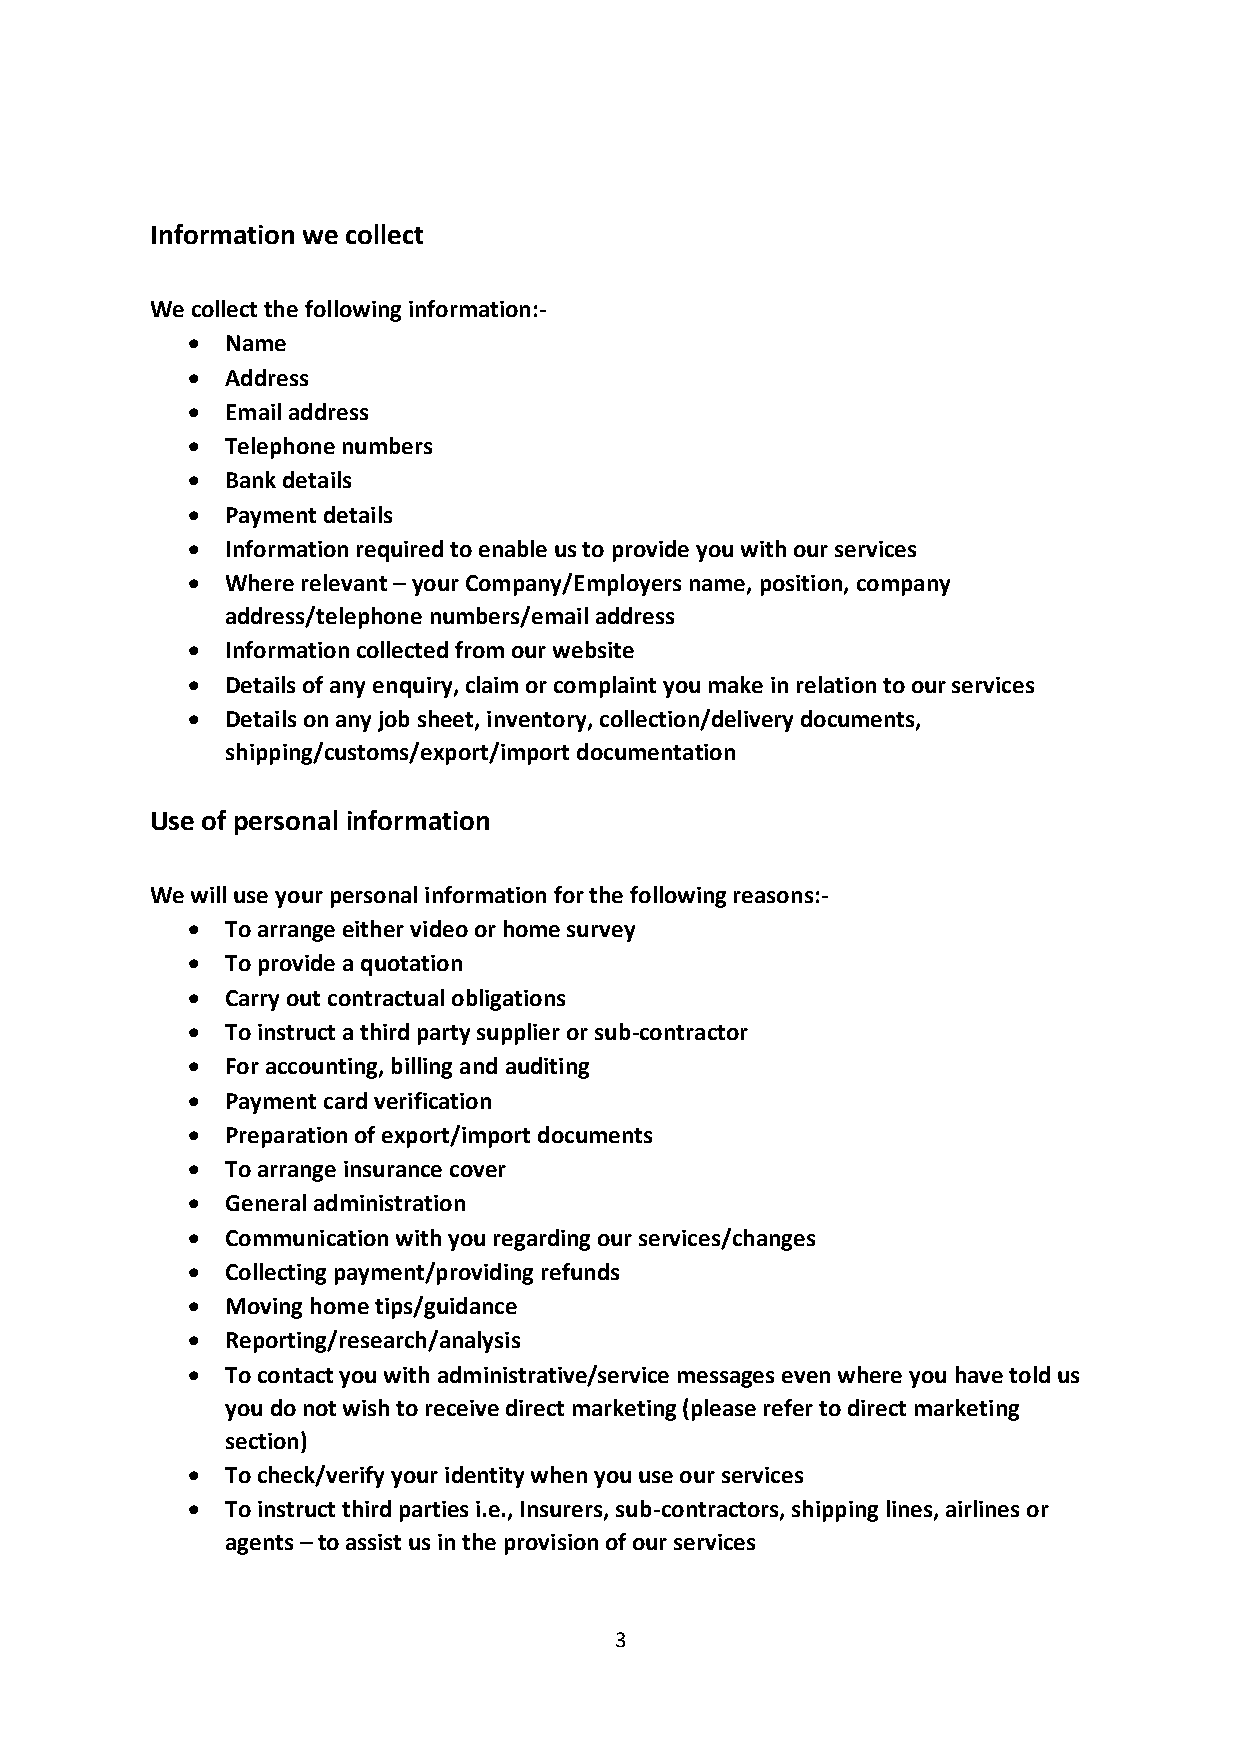
Information we collect
 We collect the following information:-
 •  Name
 •  Address
 •  Email address
 •  Telephone numbers
 •  Bank details
 •  Payment details
 •  Information required to enable us to provide you with our services
 •  Where relevant – your Company/Employers name, position, company
 address/telephone numbers/email address
 •  Information collected from our website
 •  Details of any enquiry, claim or complaint you make in relation to our services
 •  Details on any job sheet, inventory, collection/delivery documents,
 shipping/customs/export/import documentation
 Use of personal information
 We will use your personal information for the following reasons:-
 •  To arrange either video or home survey
 •  To provide a quotation
 •  Carry out contractual obligations
 •  To instruct a third party supplier or sub-contractor
 •  For accounting, billing and auditing
 •  Payment card verification
 •  Preparation of export/import documents
 •  To arrange insurance cover
 •  General administration
 •  Communication with you regarding our services/changes
 •  Collecting payment/providing refunds
 •  Moving home tips/guidance
 •  Reporting/research/analysis
 •  To contact you with administrative/service messages even where you have told us
 you do not wish to receive direct marketing (please refer to direct marketing
 section)
 •  To check/verify your identity when you use our services
 •  To instruct third parties i.e., Insurers, sub-contractors, shipping lines, airlines or
 agents – to assist us in the provision of our services
 3